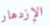
الإزدهار